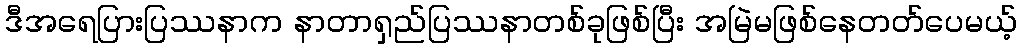
ဒီအရေပြားပြဿနာက နာတာရှည်ပြဿနာတစ်ခုဖြစ်ပြီး အမြဲမဖြစ်နေတတ်ပေမယ့်